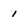
Character: 1